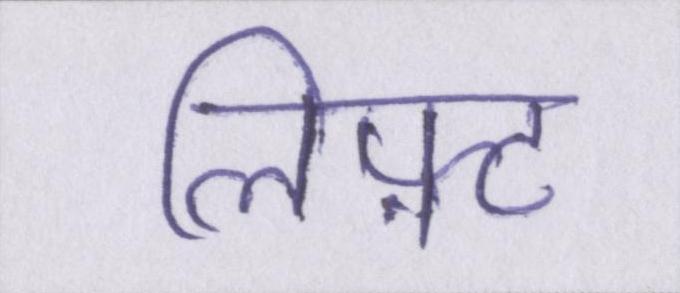
लिफ़्ट